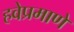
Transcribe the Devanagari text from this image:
हवेप्रमाणे